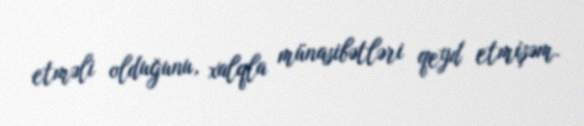
etməli olduğunu, xalqla münasibətləri qeyd etmişəm.